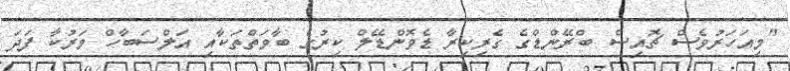
"މިއަހަރުވެސް ޗޮއިސް ބްރޭންޑްގެ ގެރިކިރާ ޑެވޮންޑޭލް ކިރުގެ ބާވަތްްތަކާއި އަލްސަބާހް މަރުކާ ފަދަ